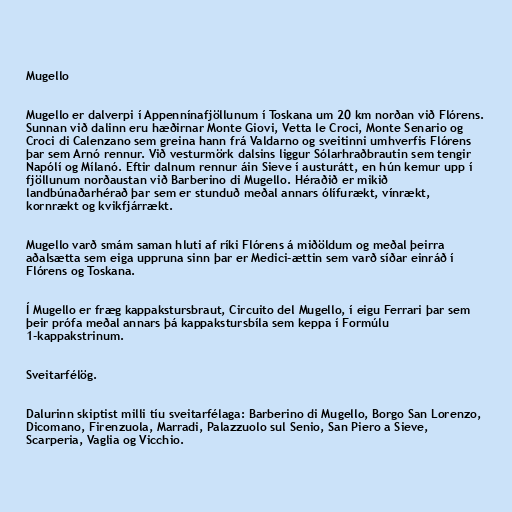
Mugello

Mugello er dalverpi í Appennínafjöllunum í Toskana um 20 km norðan við Flórens.
Sunnan við dalinn eru hæðirnar Monte Giovi, Vetta le Croci, Monte Senario og
Croci di Calenzano sem greina hann frá Valdarno og sveitinni umhverfis Flórens
þar sem Arnó rennur. Við vesturmörk dalsins liggur Sólarhraðbrautin sem tengir
Napólí og Mílanó. Eftir dalnum rennur áin Sieve í austurátt, en hún kemur upp í
fjöllunum norðaustan við Barberino di Mugello. Héraðið er mikið
landbúnaðarhérað þar sem er stunduð meðal annars ólífurækt, vínrækt,
kornrækt og kvikfjárrækt.

Mugello varð smám saman hluti af ríki Flórens á miðöldum og meðal þeirra
aðalsætta sem eiga uppruna sinn þar er Medici-ættin sem varð síðar einráð í
Flórens og Toskana.

Í Mugello er fræg kappakstursbraut, Circuito del Mugello, í eigu Ferrari þar sem
þeir prófa meðal annars þá kappakstursbíla sem keppa í Formúlu
1-kappakstrinum.

Sveitarfélög.

Dalurinn skiptist milli tíu sveitarfélaga: Barberino di Mugello, Borgo San Lorenzo,
Dicomano, Firenzuola, Marradi, Palazzuolo sul Senio, San Piero a Sieve,
Scarperia, Vaglia og Vicchio.